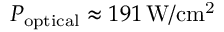
P _ { \mathrm { o p t i c a l } } \approx 1 9 1 \, \mathrm { W } / \mathrm { c m ^ { 2 } }